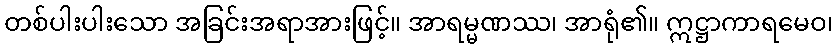
တစ်ပါးပါးသော အခြင်းအရာအားဖြင့်။ အာရမ္မဏဿ၊ အာရုံ၏။ ဣဋ္ဌာကာရမေဝ၊